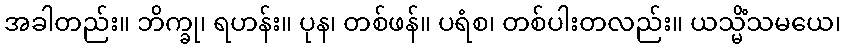
အခါတည်း။ ဘိက္ခု၊ ရဟန်း။ ပုန၊ တစ်ဖန်။ ပရံစ၊ တစ်ပါးတလည်း။ ယသ္မိံသမယေ၊